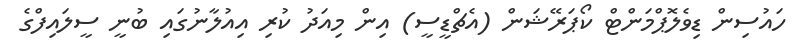
ހައުސިން ޑިވެލޮޕްމަންޓް ކޯޕަރޭޝަން (އެޗްޑީސީ) އިން މިއަދު ކުރި އިއުލާނުގައި ބުނީ ސީލައިފްގެ